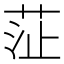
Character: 鿊